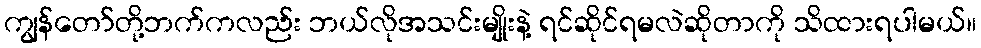
ကျွန်တော်တို့ဘက်ကလည်း ဘယ်လိုအသင်းမျိုးနဲ့ ရင်ဆိုင်ရမလဲဆိုတာကို သိထားရပါမယ်။